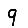
Digit: 9